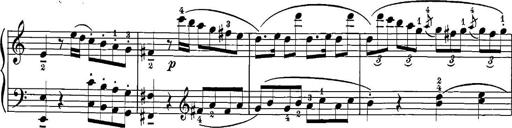
Title: 12 Sonatinas
Composer: Ignaz Pleyel